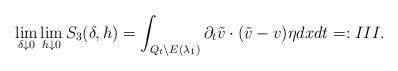
LaTeX: \begin{align*}\lim_{\delta\downarrow 0}\lim_{h\downarrow 0}S_3(\delta,h)=\int_{Q_t\backslash E(\lambda_1)}\partial_t\tilde v\cdot (\tilde v-v)\eta dxdt=:III.\end{align*}